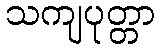
သကျပုတ္တာ